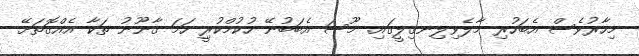
މިހާރުވެސް އެބަހުރި މާލެވިލިނގިލީގައި. މޫސަ އެބަބުނޭ ހުކުމްކުރީި ހަމަ ޤާނޫނު ތަކާ އެއްގޮތަށޭ